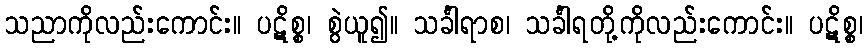
သညာကိုလည်းကောင်း။ ပဋိစ္စ၊ စွဲယူ၍။ သင်္ခါရာစ၊ သင်္ခါရတို့ကိုလည်းကောင်း။ ပဋိစ္စ၊